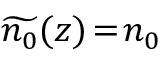
\widetilde { n _ { 0 } } ( z ) \! = \! n _ { 0 }